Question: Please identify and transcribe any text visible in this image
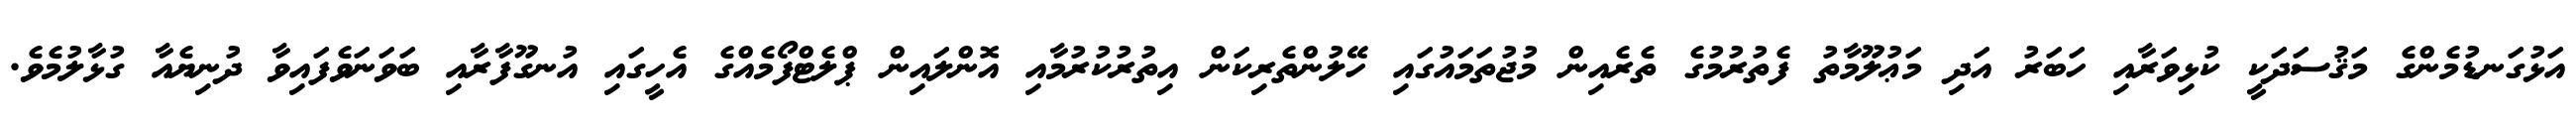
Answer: އަޅުގަނޑުމެންގެ މަޤުސަދަކީ ކުޅިވަރާއި ހަބަރު އަދި މަޢުލޫމާތު ފެތުރުމުގެ ތެރެއިން މުޖުތަމައުގައި ހޭލުންތެރިކަން އިތުރުކުރުމާއި އޮންލައިން ޕްލެޓްފޯމެއްގެ އެހީގައި އުނގޫފާރާއި ބަވަނަވެފައިވާ ދުނިޔެއާ ގުޅާލުމެވެ.